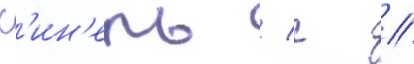
К'ин'ель / г //